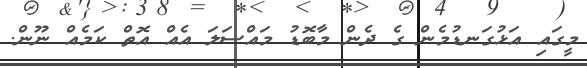
މީގައި އަޅުގަނޑުމެން ގެ ދެން މާބޮޑު މައްސަލަ އެއް އޮތް ކަމެއް ނޫން.